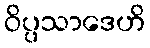
ဝိပ္ပသာဒေဟိ